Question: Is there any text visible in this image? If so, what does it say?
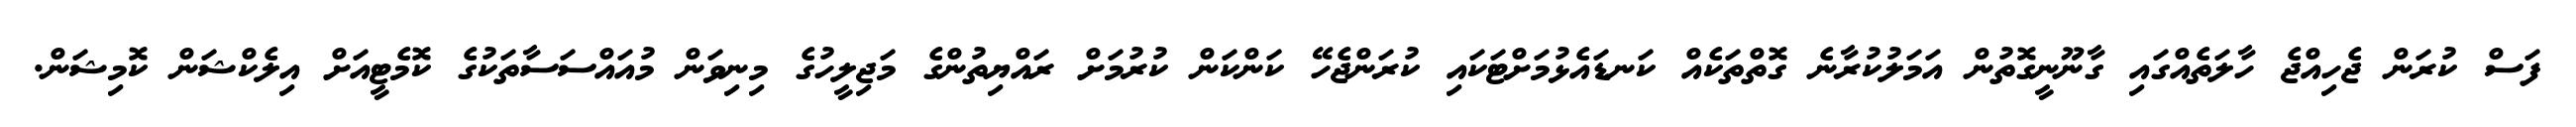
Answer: ފަސް ކުރަން ޖެހިއްޖެ ހާލަތެއްގައި ގާނޫނީގޮތުން އަމަލުކުރާނެ ގޮތްތަކެއް ކަނޑައެޅުމަށްޓަކައި ކުރަންޖެހޭ ކަންކަން ކުރުމަށް ރައްޔިތުންގެ މަޖިލީހުގެ މިނިވަން މުއައްސަސާތަކުގެ ކޮމެޓީއަށް އިލެކްޝަން ކޮމިޝަން.